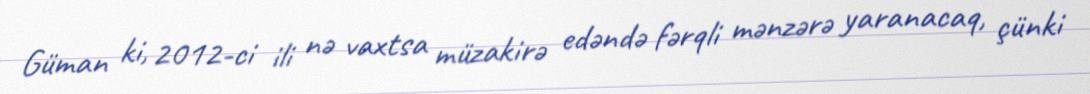
Güman ki, 2012-ci ili nə vaxtsa müzakirə edəndə fərqli mənzərə yaranacaq, çünki